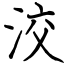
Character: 洨